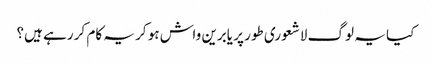
کیا یہ لوگ لاشعوری طور پر یابرین واش ہو کر یہ کام کر رہے ہیں؟